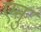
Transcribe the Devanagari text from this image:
एनु